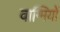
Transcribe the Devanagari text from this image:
वाग्मियों